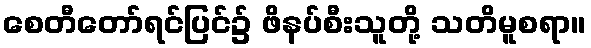
စေတီတော်ရင်ပြင်၌ ဖိနပ်စီးသူတို့ သတိမူစရာ။